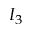
I _ { 3 }